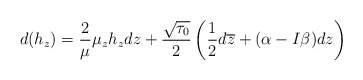
\begin{align*}d(h_z)=\frac{2}{\mu}\mu_zh_zdz+\frac{\sqrt{\tau_0}}{2}\left(\frac{1}{2}d\overline{z}+(\alpha-I\beta)dz\right)\end{align*}